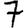
Digit: 7